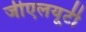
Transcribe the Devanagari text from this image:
जीएलयूटी